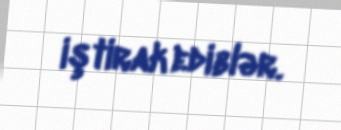
iştirak ediblər.